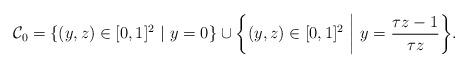
LaTeX: \begin{align*} \mathcal{C}_0 =\{ (y,z)\in [0,1]^2 \ |\ y=0\} \cup \bigg\{ (y,z)\in [0,1]^2 \ \bigg|\ y= \frac{\tau z-1}{\tau z} \bigg\}.\end{align*}